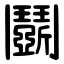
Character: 鬬